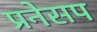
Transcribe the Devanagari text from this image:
प्रनेसप